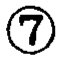
\textcircled{7}